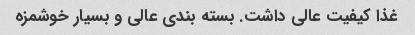
غذا کیفیت عالی داشت. بسته بندی عالی و بسیار خوشمزه